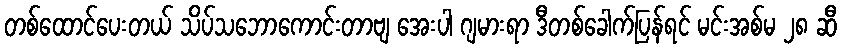
တစ်ထောင်ပေးတယ် သိပ်သဘောကောင်းတာဗျ အေးပါ ဂျမားရာ ဒီတစ်ခေါက်ပြန်ရင် မင်းအစ်မ ၂၈ ဆီ